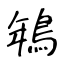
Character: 鵇